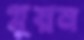
গ্লুয়ন